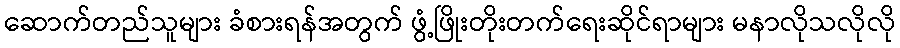
ဆောက်တည်သူများ ခံစားရန်အတွက် ဖွံ့ဖြိုးတိုးတက်ရေးဆိုင်ရာများ မနာလိုသလိုလို